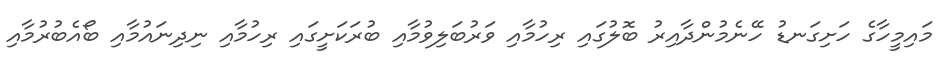
މައިމީހާގެ ހަށިގަނޑު ހޭނެމުންދާއިރު ބޮލުގައި ރިހުމާއި ވަރުބަލިވުމާއި ބުރަކަށީގައި ރިހުމާއި ނިދިނައުމާއި ބޯއެބުރުމާއި